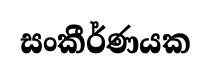
සංකීර්ණයක